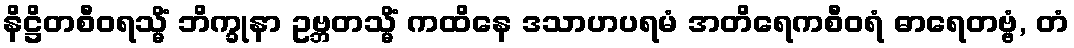
နိဋ္ဌိတစီဝရသ္မိံ ဘိက္ခုနာ ဥဗ္ဘတသ္မိံ ကထိနေ ဒသာဟပရမံ အတိရေကစီဝရံ ဓာရေတဗ္ဗံ, တံ